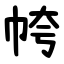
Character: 㡁